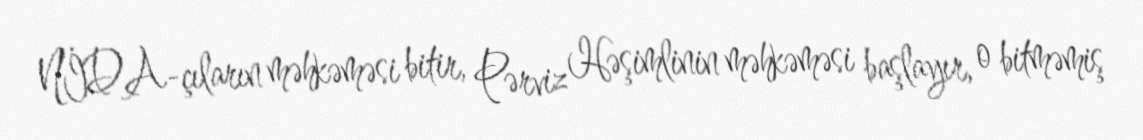
NİDA-çıların məhkəməsi bitir, Pərviz Həşimlinin məhkəməsi başlayır, o bitməmiş